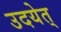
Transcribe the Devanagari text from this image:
उदयेत्‌